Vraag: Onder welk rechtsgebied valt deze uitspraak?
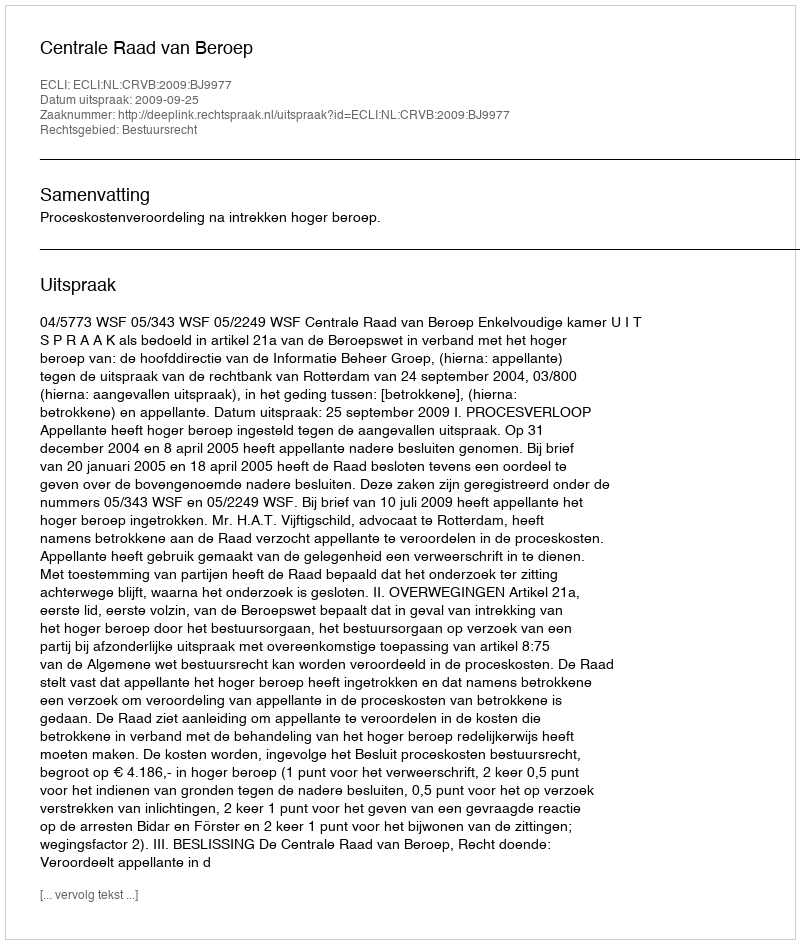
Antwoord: Bestuursrecht